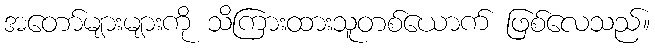
အတော်များများကို သိကြားထားသူတစ်ယောက် ဖြစ်လေသည်။